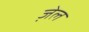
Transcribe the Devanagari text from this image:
जे़ल